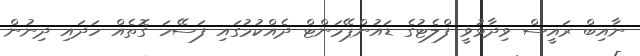
ނާއިބް ރައީސް ވިދާޅުވީ ފްލެޓުގެ ޑައުންޕޭމަންޓް ދެއްކުމުގައި ފަސޭހަ ގޮތެއް ހަދައި ދިނުން